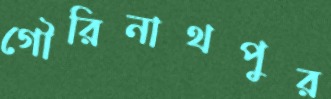
গৌরিনাথপুর